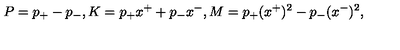
P = p _ { + } - p _ { - } , K = p _ { + } x ^ { + } + p _ { - } x ^ { - } , M = p _ { + } ( x ^ { + } ) ^ { 2 } - p _ { - } ( x ^ { - } ) ^ { 2 } ,